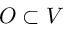
O \subset V